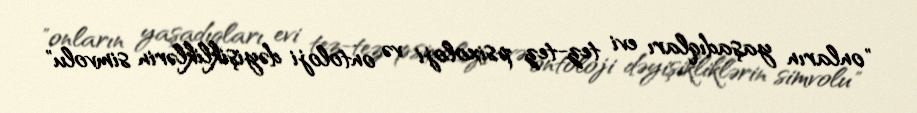
"onların yaşadıqları evi tez-tez psixoloji və ontoloji dəyişikliklərin simvolu"